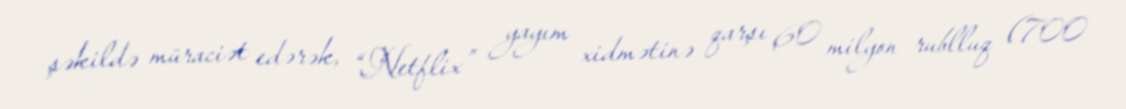
şəkildə müraciət edərək, “Netflix” yayım xidmətinə qarşı 60 milyon rublluq (700